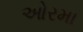
ઓરમા